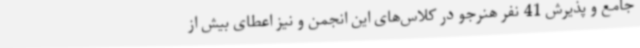
جامع و پذیرش 41 نفر هنرجو در کلاس‌های این انجمن و نیز اعطای بیش از